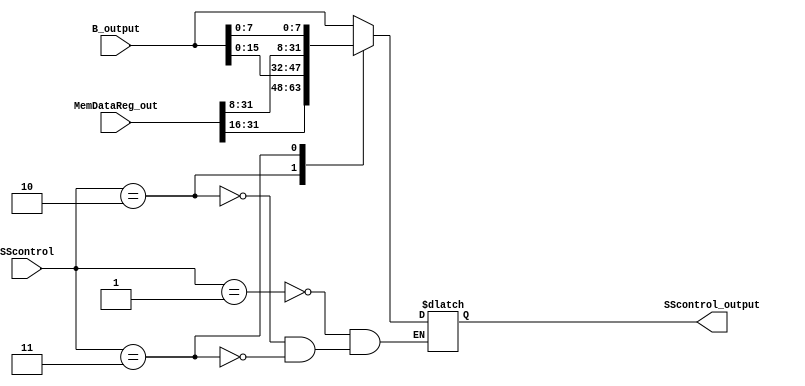
module SS(  // StoreSize virou SS
    input wire [1:0] SScontrol,
    input wire [31:0] B_output,
    input wire [31:0] MemDataReg_out,

    output reg [31:0] SScontrol_output
);

    always @(*) begin
        case (SScontrol)
            2'b01: // sw
                SScontrol_output <= B_output;
            2'b10: // sh
                SScontrol_output <= {MemDataReg_out[31:16], B_output[15:0]};
            2'b11: // sb
                SScontrol_output <= {MemDataReg_out[31:8], B_output[7:0]};
        endcase
    end
endmodule